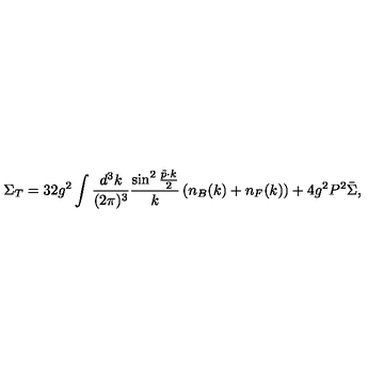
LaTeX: \Sigma _ { T } = 3 2 g ^ { 2 } \int { \frac { d ^ { 3 } k } { ( 2 \pi ) ^ { 3 } } } { \frac { \sin ^ { 2 } { \frac { \tilde { p } \cdot k } { 2 } } } { k } } \left( n _ { B } ( k ) + n _ { F } ( k ) \right) + 4 g ^ { 2 } P ^ { 2 } \bar { \Sigma } ,